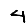
Digit: 4